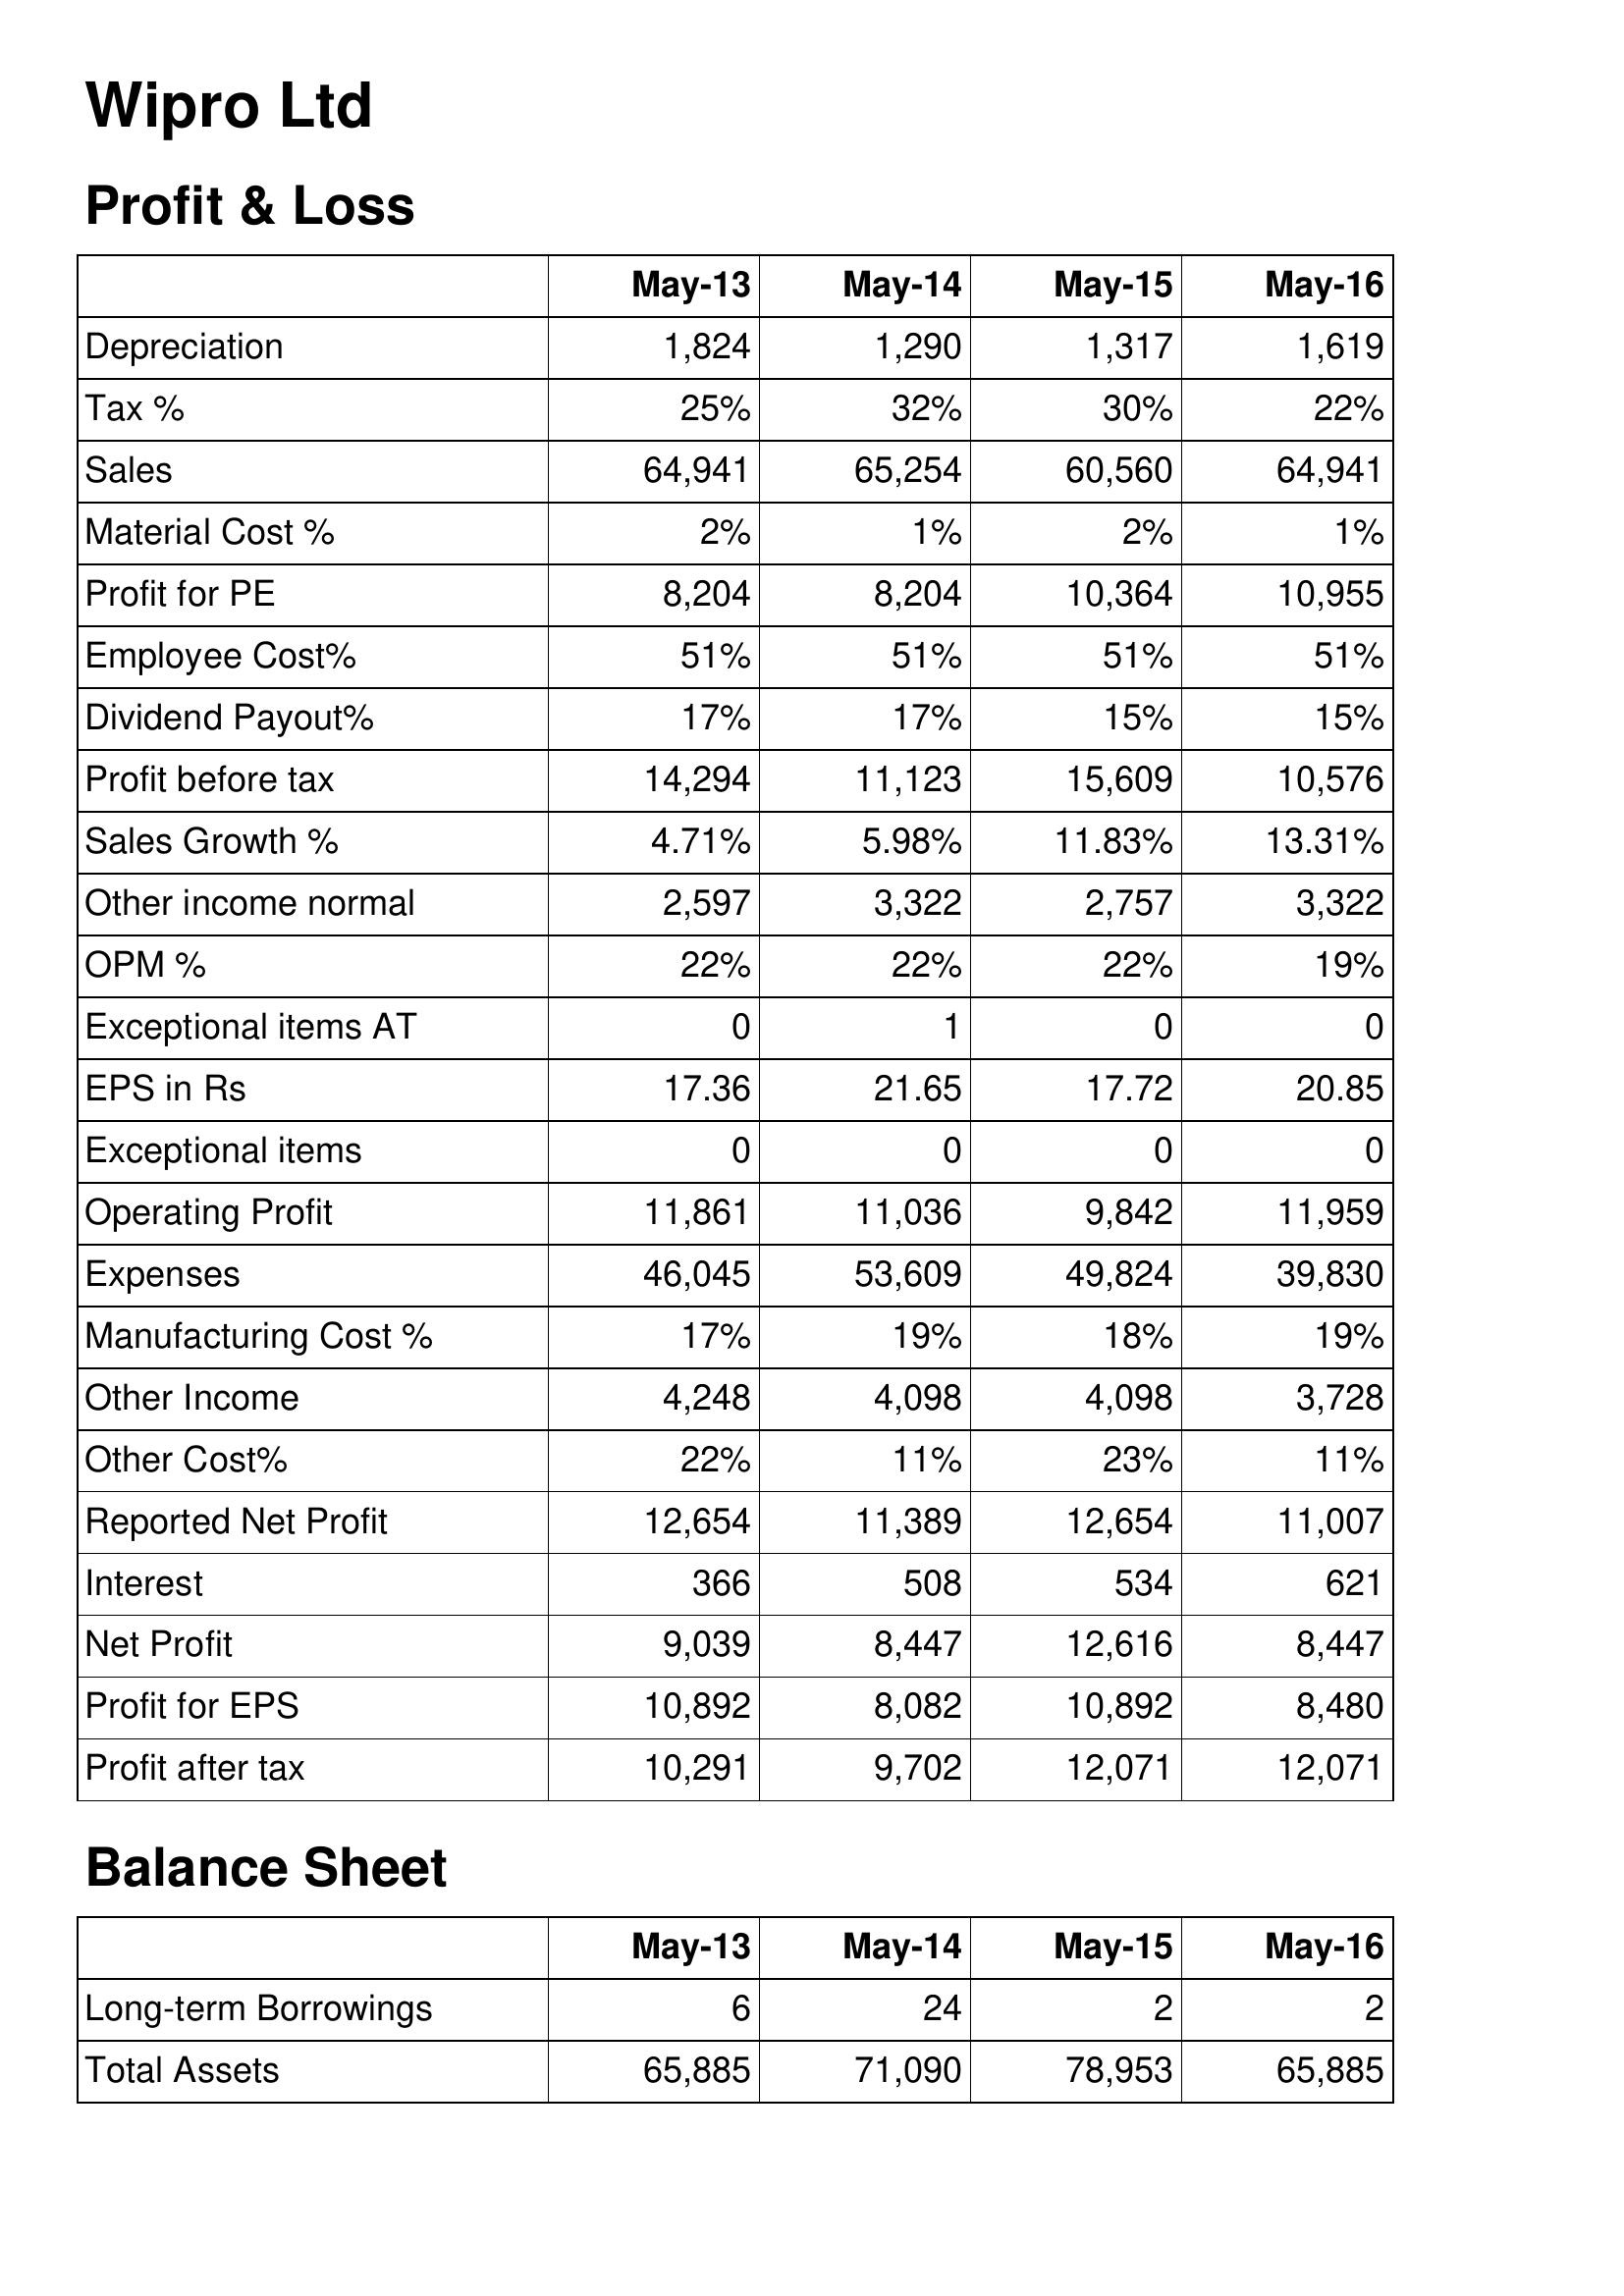
May-13: Profit & Loss: Depreciation: 1,824
Tax %: 25%
Sales: 64,941
Material Cost %: 2%
Profit for PE: 8,204
Employee Cost%: 51%
Dividend Payout%: 17%
Profit before tax: 14,294
Sales Growth %: 4.71%
Other income normal: 2,597
OPM %: 22%
Exceptional items AT: 0
EPS in Rs: 17.36
Exceptional items: 0
Operating Profit: 11,861
Expenses: 46,045
Manufacturing Cost %: 17%
Other Income: 4,248
Other Cost%: 22%
Reported Net Profit: 12,654
Interest: 366
Net Profit: 9,039
Profit for EPS: 10,892
Profit after tax: 10,291
Balance Sheet: Long-term Borrowings: 6
Total Assets: 65,885
May-14: Profit & Loss: Depreciation: 1,290
Tax %: 32%
Sales: 65,254
Material Cost %: 1%
Profit for PE: 8,204
Employee Cost%: 51%
Dividend Payout%: 17%
Profit before tax: 11,123
Sales Growth %: 5.98%
Other income normal: 3,322
OPM %: 22%
Exceptional items AT: 1
EPS in Rs: 21.65
Exceptional items: 0
Operating Profit: 11,036
Expenses: 53,609
Manufacturing Cost %: 19%
Other Income: 4,098
Other Cost%: 11%
Reported Net Profit: 11,389
Interest: 508
Net Profit: 8,447
Profit for EPS: 8,082
Profit after tax: 9,702
Balance Sheet: Long-term Borrowings: 24
Total Assets: 71,090
May-15: Profit & Loss: Depreciation: 1,317
Tax %: 30%
Sales: 60,560
Material Cost %: 2%
Profit for PE: 10,364
Employee Cost%: 51%
Dividend Payout%: 15%
Profit before tax: 15,609
Sales Growth %: 11.83%
Other income normal: 2,757
OPM %: 22%
Exceptional items AT: 0
EPS in Rs: 17.72
Exceptional items: 0
Operating Profit: 9,842
Expenses: 49,824
Manufacturing Cost %: 18%
Other Income: 4,098
Other Cost%: 23%
Reported Net Profit: 12,654
Interest: 534
Net Profit: 12,616
Profit for EPS: 10,892
Profit after tax: 12,071
Balance Sheet: Long-term Borrowings: 2
Total Assets: 78,953
May-16: Profit & Loss: Depreciation: 1,619
Tax %: 22%
Sales: 64,941
Material Cost %: 1%
Profit for PE: 10,955
Employee Cost%: 51%
Dividend Payout%: 15%
Profit before tax: 10,576
Sales Growth %: 13.31%
Other income normal: 3,322
OPM %: 19%
Exceptional items AT: 0
EPS in Rs: 20.85
Exceptional items: 0
Operating Profit: 11,959
Expenses: 39,830
Manufacturing Cost %: 19%
Other Income: 3,728
Other Cost%: 11%
Reported Net Profit: 11,007
Interest: 621
Net Profit: 8,447
Profit for EPS: 8,480
Profit after tax: 12,071
Balance Sheet: Long-term Borrowings: 2
Total Assets: 65,885